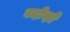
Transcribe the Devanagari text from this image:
बदोस़ों